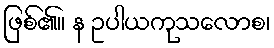
ဖြစ်၏။ န ဥပါယကုသလောစ၊